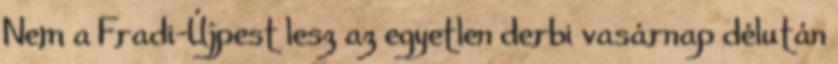
Nem a Fradi–Újpest lesz az egyetlen derbi vasárnap délután